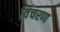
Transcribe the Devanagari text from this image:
विंचरण